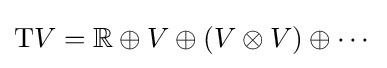
\mathrm {T} V=\mathbb {R} \oplus V\oplus (V\otimes V)\oplus \cdots